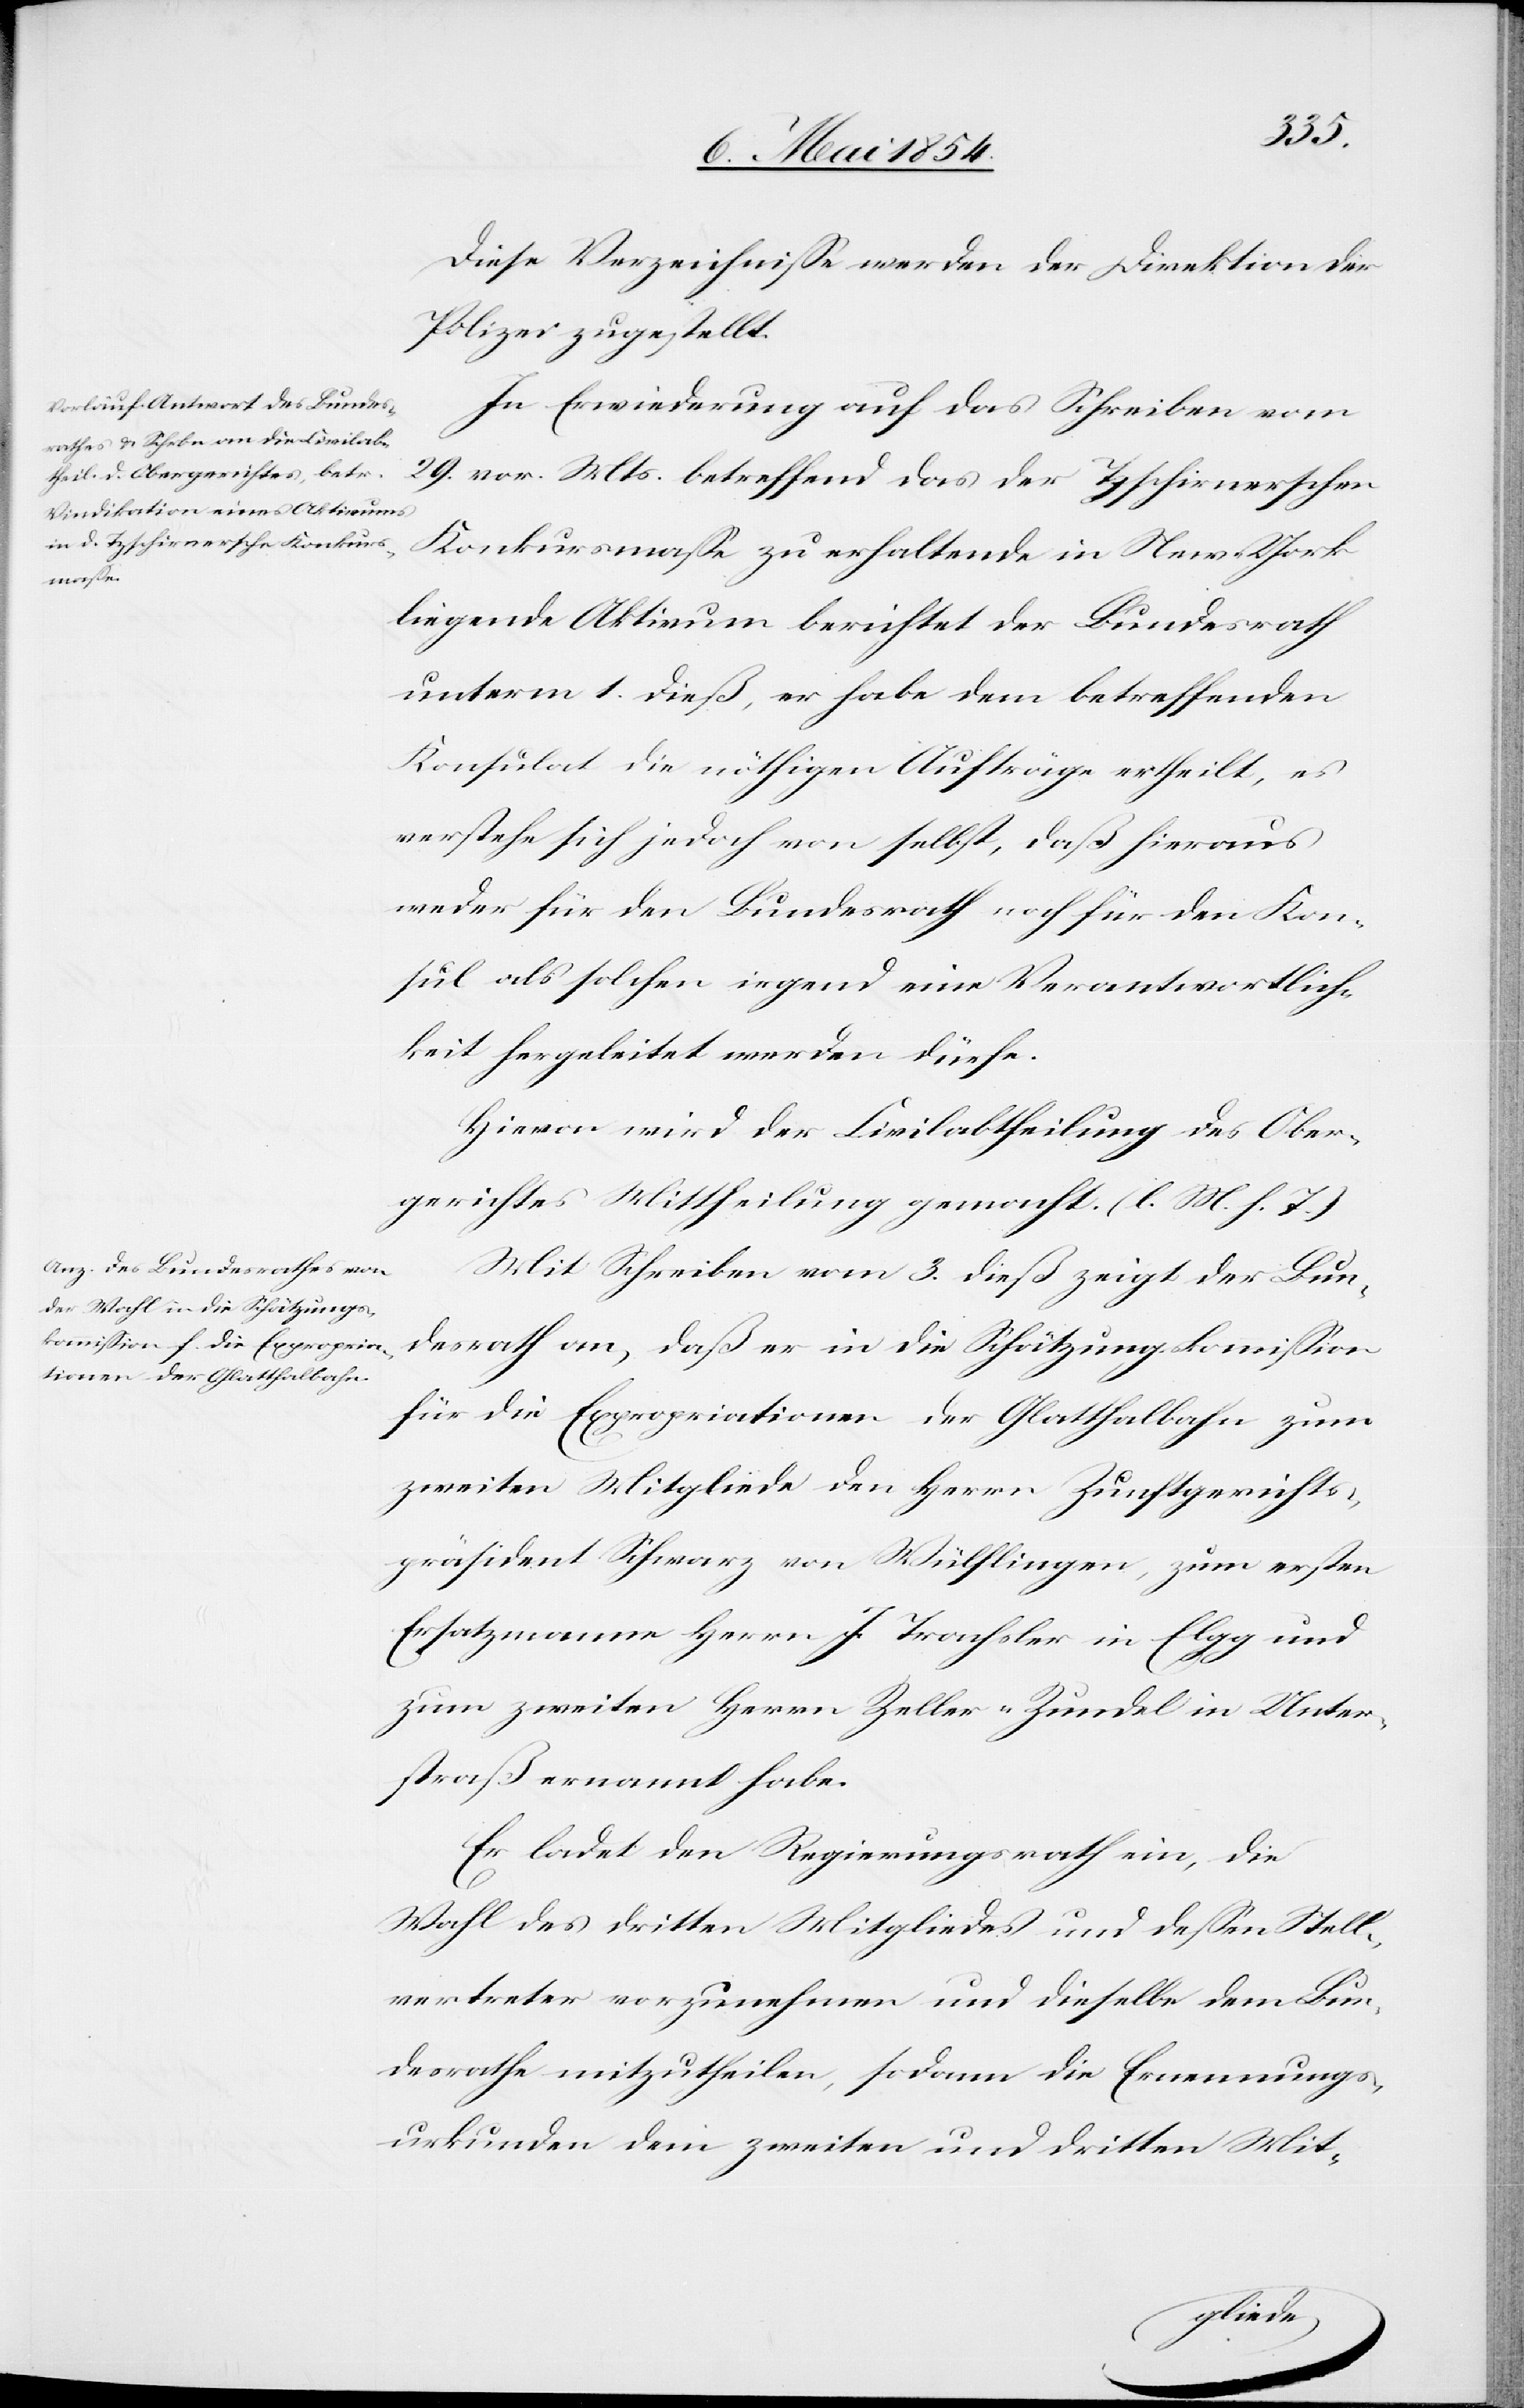
Diese Verzeichniße werden der Direktion der
Polizei zugestellt.
In Erwiederung auf das Schreiben vom
29. vor. Mts. betreffend das der Tzschirnerschen
Konkursmaße zu erhaltende in New-York
liegende Aktivum berichtet der Bundesrath
unterm 1. dieß, er habe dem betreffenden
Konsulat die nöthigen Aufträge ertheilt, es
verstehe sich jedoch von selbst, daß hieraus
weder für den Bundesrath noch für den Kon¬
sul als solchen irgend eine Verantwortlich¬
keit hergeleitet werden dürfe.
Hievon wird der Civilabtheilung des Ober¬
gerichtes Mittheilung gemacht. (l. M. h. T.)
Mit Schreiben vom 3. dieß zeigt der Bun¬
desrath an, daß er in die Schätzungskommißion
für die Expropriationen der Glatthalbahn zum
zweiten Mitgliede den Herrn Zunftgerichts¬
präsident Schwarz von Wülflingen, zum ersten
Ersatzmanne Herrn J. Trachsler in Elgg und
zum zweiten Herrn Zeller-Zundel in Unter¬
straß ernannt habe.
Er ladet den Regierungsrath ein, die
Wahl des dritten Mitgliedes und deßen Stell¬
vertreter vorzunehmen und dieselbe dem Bun¬
desrathe mitzutheilen, sodann die Ernennungs¬
urkunden dem zweiten und dritten Mit-